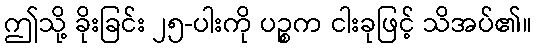
ဤသို့ ခိုးခြင်း ၂၅-ပါးကို ပဉ္စက ငါးခုဖြင့် သိအပ်၏။